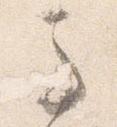
馬